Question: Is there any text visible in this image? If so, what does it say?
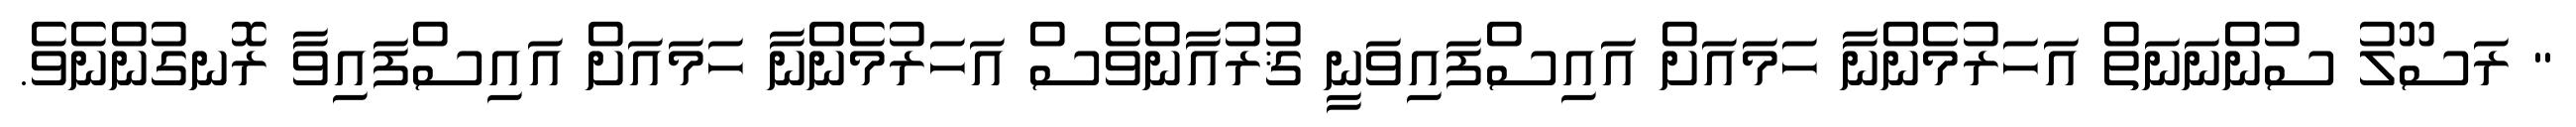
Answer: " ރަސޫލު ސުންނަނަތް އަހަރުމެންނާ ހަމައަށް އައިސްފައިވަނީ ޤުރުއާންވެސް އަހަރުމެންނާ ހަމައަށް އައިސްފައިވާ ރޮނގުންނެވެ.